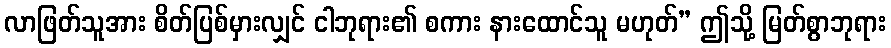
လာဖြတ်သူအား စိတ်ပြစ်မှားလျှင် ငါဘုရား၏ စကား နားထောင်သူ မဟုတ်” ဤသို့ မြတ်စွာဘုရား